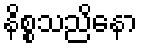
နိစ္စသညိနော